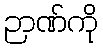
ဉာဏ်ကို